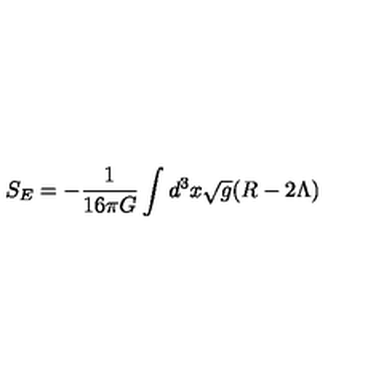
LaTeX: S _ { E } = - \frac { 1 } { 1 6 \pi G } \int d ^ { 3 } x \sqrt { g } ( R - 2 \Lambda )